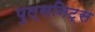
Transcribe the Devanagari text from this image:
पुल्सनिट्स